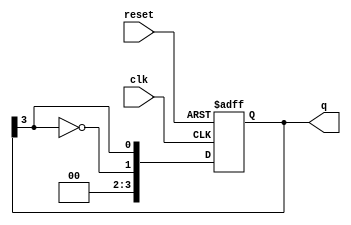
module johnson_counter #(
    parameter N = 4 // Number of flip-flops
)(
    input wire clk,      // Clock input
    input wire reset,    // Asynchronous reset
    output reg [N-1:0] q // Counter output
);

    // Sequential logic for the Johnson counter
    always @(posedge clk or posedge reset) begin
        if (reset) begin
            q <= 0; // Reset the counter to 0
        end else begin
            // Shift the current state and feed back the inverted last bit
            q <= {~q[N-1], q[N-1:N-1]}; // Shift and feedback
        end
    end

endmodule